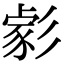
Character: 𢒪